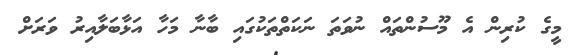
މީގެ ކުރިން އެ މޫސުންތައް ނުވަތަ ނަކަތްތަކުގައި ބާނާ މަހާ އަޅާބަލާއިރު ވަރަށް